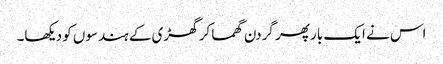
اس نے ایک بار پھر گردن گھما کر گھڑی کے ہندسوں کو دیکھا۔